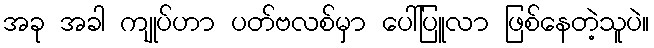
အခု အခါ ကျုပ်ဟာ ပတ်ဗလစ်မှာ ပေါ်ပြူလာ ဖြစ်နေတဲ့သူပဲ။